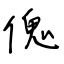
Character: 傀